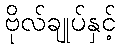
ဗိုလ်ချုပ်နှင့်